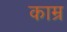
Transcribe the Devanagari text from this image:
काम्र